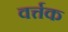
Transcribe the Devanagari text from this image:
वर्त्तक